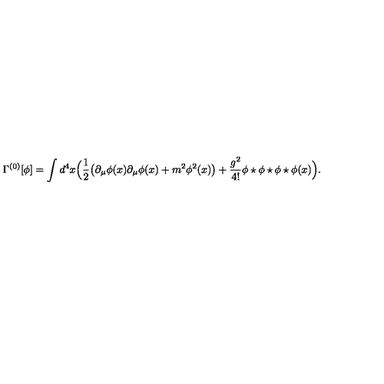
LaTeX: \Gamma ^ { ( 0 ) } [ \phi ] = \int d ^ { 4 } x \Big ( \frac 1 2 \big ( \partial _ { \mu } \phi ( x ) \partial _ { \mu } \phi ( x ) + m ^ { 2 } \phi ^ { 2 } ( x ) \big ) + \frac { g ^ { 2 } } { 4 ! } \phi \star \phi \star \phi \star \phi ( x ) \Big ) .